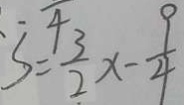
S = \frac { 3 } { 2 } x - \frac { 9 } { 4 }